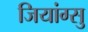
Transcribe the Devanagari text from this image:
जियांग्सु